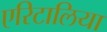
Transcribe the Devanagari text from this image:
एरिटालिया